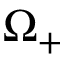
\Omega _ { + }